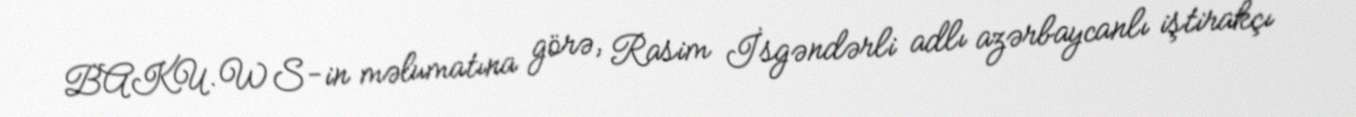
BAKU.WS-in məlumatına görə, Rasim İsgəndərli adlı azərbaycanlı iştirakçı